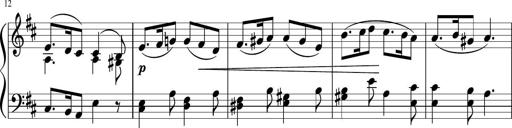
Title: 12 Keyboard Sonatinas
Composer: James Hook